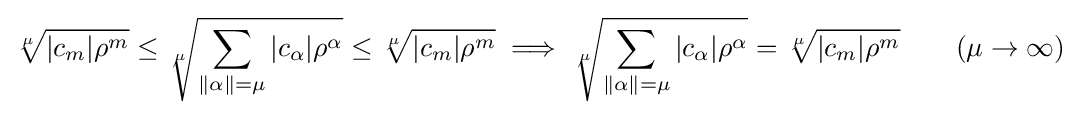
{\sqrt[{\mu }]{|c_{m}|\rho ^{m}}}\leq {\sqrt[{\mu }]{\sum _{\|\alpha \|=\mu }|c_{\alpha }|\rho ^{\alpha }}}\leq {\sqrt[{\mu }]{|c_{m}|\rho ^{m}}}\implies {\sqrt[{\mu }]{\sum _{\|\alpha \|=\mu }|c_{\alpha }|\rho ^{\alpha }}}={\sqrt[{\mu }]{|c_{m}|\rho ^{m}}}\qquad (\mu \to \infty )